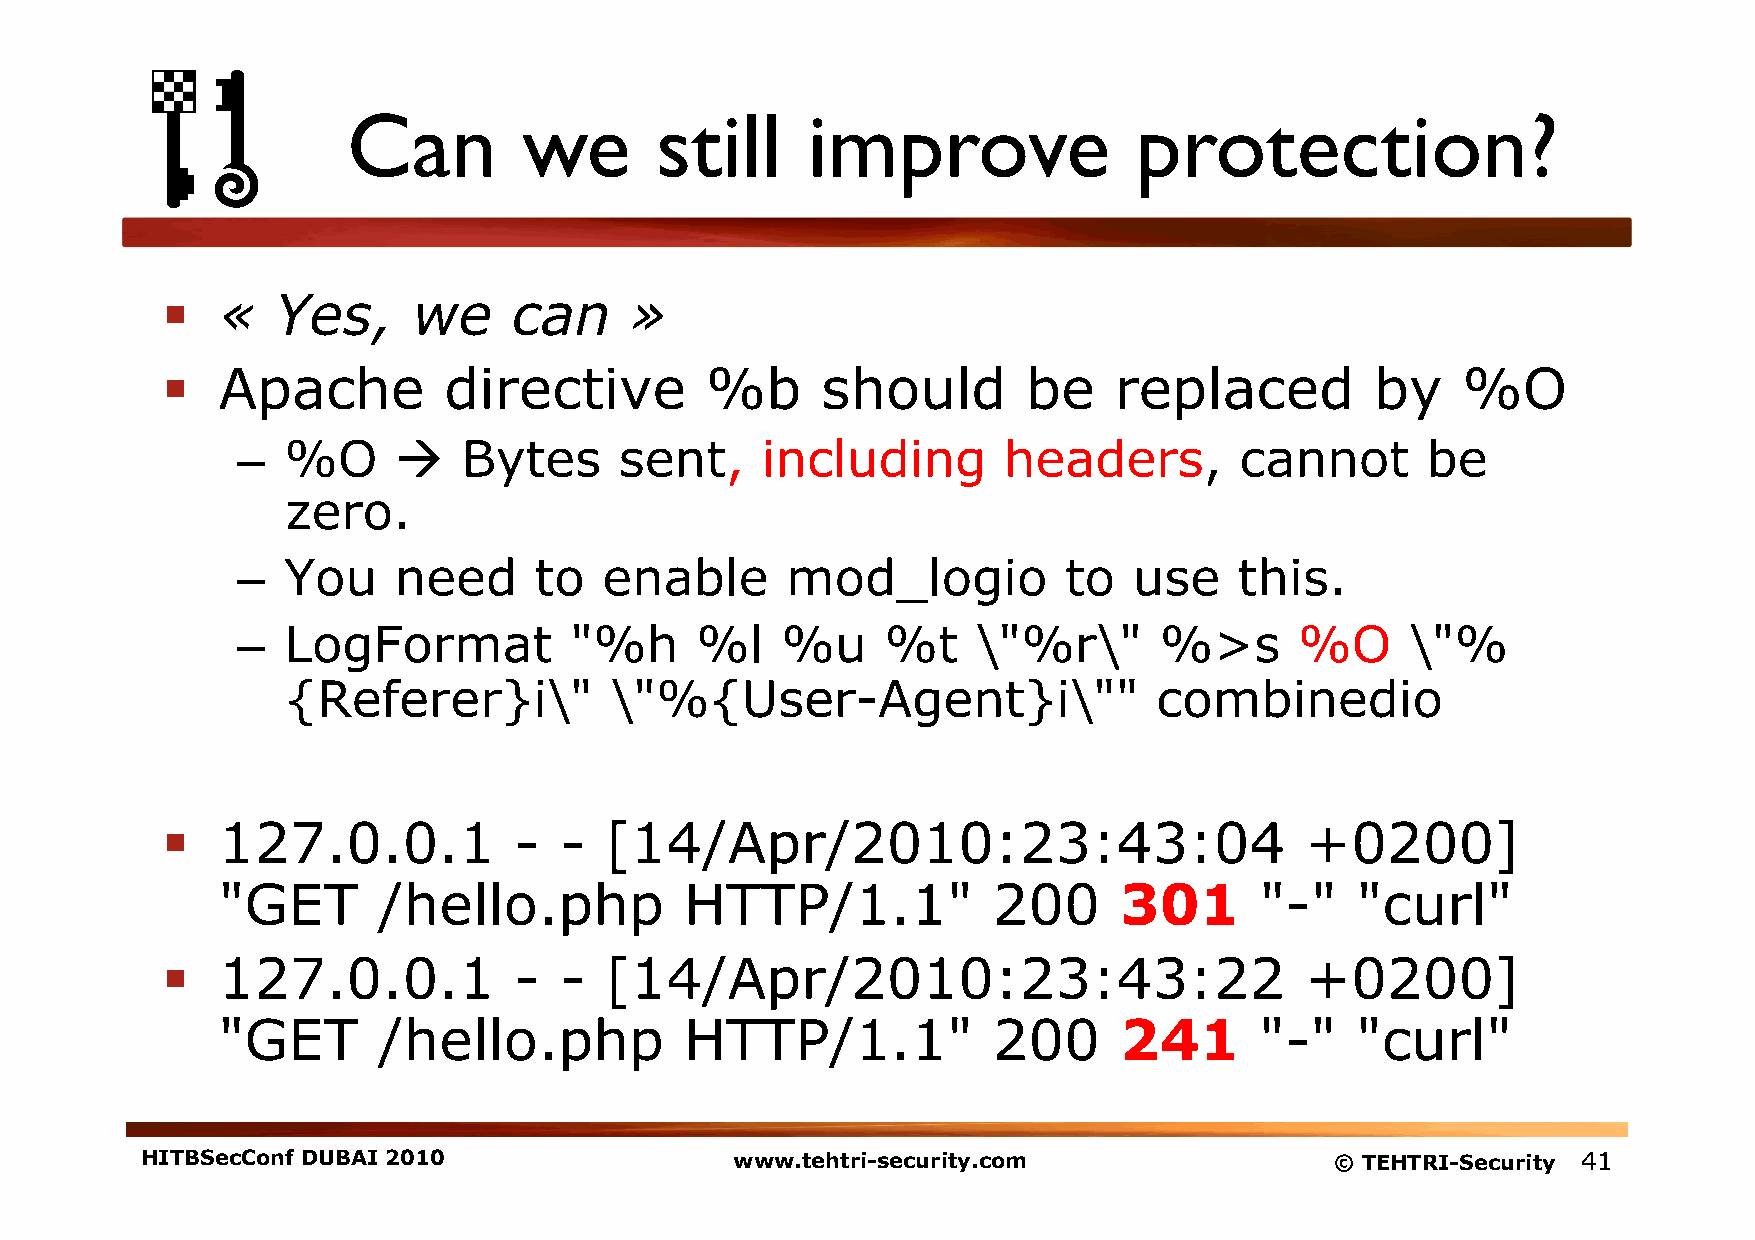
Can         we      still     improve               protection?
   «   Yes,     we     can     »
   Apache         directive         %b     should        be    replaced         by    %O
 –  %O         Bytes     sent,    including       headers,        cannot      be
 zero.
 –  You    need     to   enable      mod_logio         to   use    this.
 –  LogFormat          "%h     %l    %u     %t    \"%r\"      %>s      %O     \"%
 {Referer}i\"         \"%{User-Agent}i\""                  combinedio
   127.0.0.1           -  -  [14/Apr/2010:23:43:04                         +0200]
 "GET       /hello.php          HTTP/1.1"            200     301      "-"    "curl"
   127.0.0.1           -  -  [14/Apr/2010:23:43:22                         +0200]
 "GET       /hello.php          HTTP/1.1"            200     241      "-"    "curl"
 HITBSecConf DUBAI 2010                  www.tehtri-security.com                © TEHTRI-Security 41